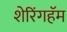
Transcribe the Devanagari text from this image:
शेरिंगहॅम